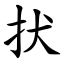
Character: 㧋